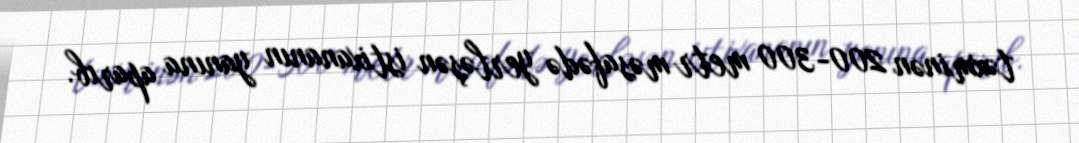
təxminən 200-300 metr məsafədə yerləşən istixananın yanına aparıb.